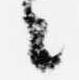
々